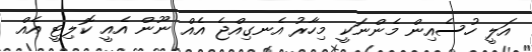
އަލީ ހުސެއިން މެންނަކީ މިހާރު އެނގިއްޖެ އެއް ނޫން އެއީ ކޮލިޓީ އެއް